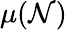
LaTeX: \mu(\mathcal{N})